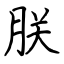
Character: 朕